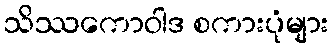
သိဿကောဝါဒ စကားပုံများ